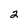
Character: 2